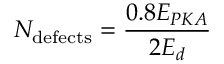
N _ { \mathrm { d e f e c t s } } = \frac { 0 . 8 E _ { P K A } } { 2 E _ { d } }